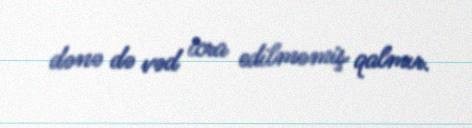
dənə də vəd icra edilməmiş qalmır.